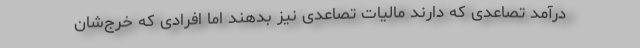
درآمد تصاعدی که دارند مالیات تصاعدی نیز بدهند اما افرادی که خرج‌شان